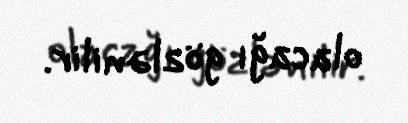
olacağı gözlənilir.